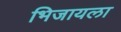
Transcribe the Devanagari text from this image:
भिजायला